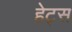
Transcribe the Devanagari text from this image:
हेट्स